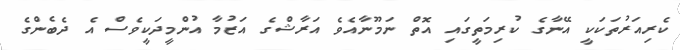
ކެރިއަރުތަކަކީ އޭނާގެ ކުރިމަތީގައި އޮތް ނަމޫނާއެވެ އަރާޝްގެ އަޒުމާ އުންމީދަކީވެސް އެ ދެބެންގެ